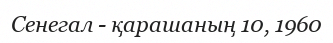
Сенегал - қарашаның 10, 1960